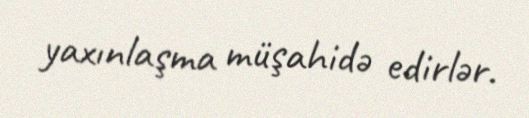
yaxınlaşma müşahidə edirlər.